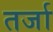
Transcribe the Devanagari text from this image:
तर्जा